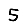
Digit: 5